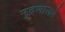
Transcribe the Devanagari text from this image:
मुद्रणालये